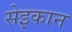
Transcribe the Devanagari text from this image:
सेइकान